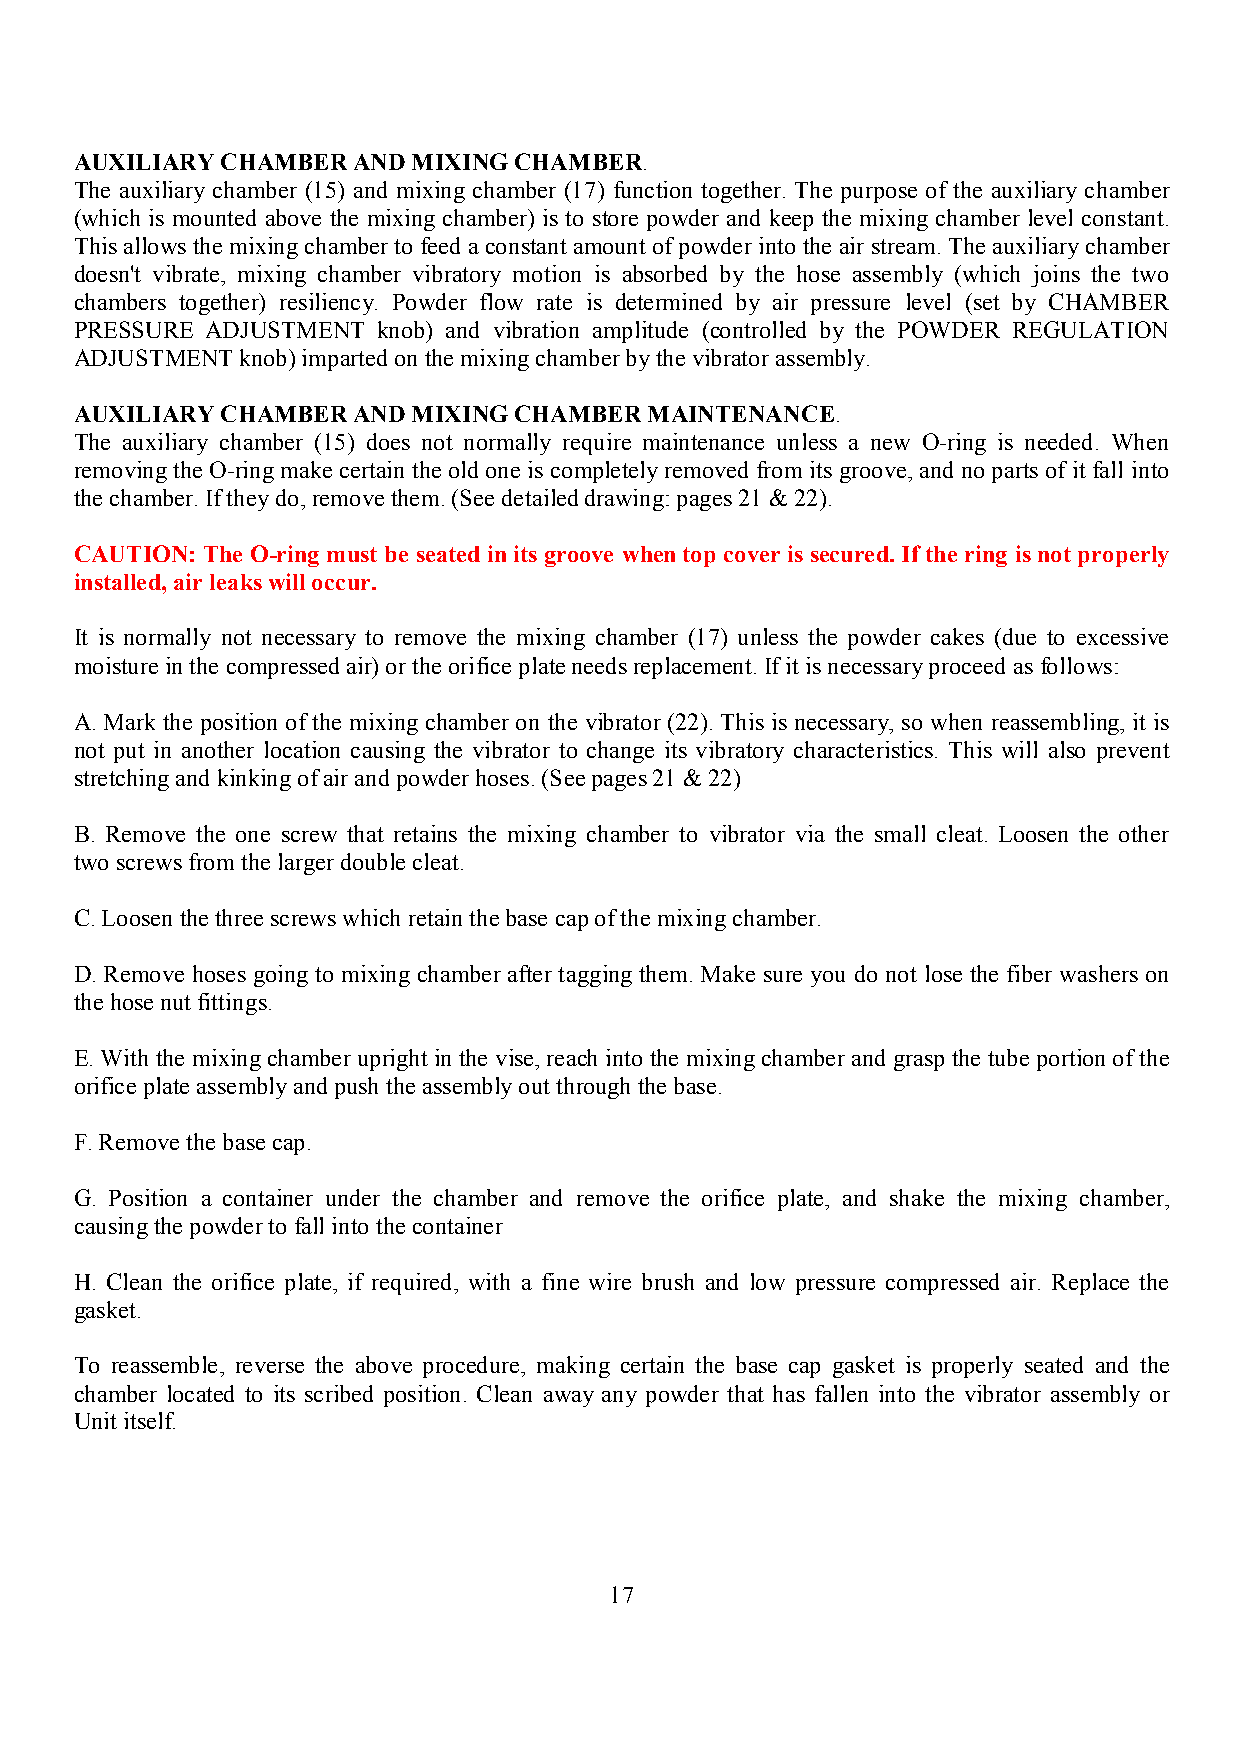
AUXILIARY CHAMBER AND MIXING CHAMBER.
 The auxiliary chamber (15) and mixing chamber (17) function together. The purpose of the auxiliary chamber
 (which is mounted above the mixing chamber) is to store powder and keep the mixing chamber level constant.
 This allows the mixing chamber to feed a constant amount of powder into the air stream. The auxiliary chamber
 doesn't vibrate, mixing chamber vibratory motion is absorbed by the hose assembly (which joins the two
 chambers together) resiliency. Powder flow rate is determined by air pressure level (set by CHAMBER
 PRESSURE ADJUSTMENT knob) and vibration amplitude (controlled by the POWDER REGULATION
 ADJUSTMENT knob) imparted on the mixing chamber by the vibrator assembly.
 AUXILIARY CHAMBER AND MIXING CHAMBER  MAINTENANCE.
 The auxiliary chamber (15) does not normally require maintenance unless a new O-ring is needed. When
 removing the O-ring make certain the old one is completely removed from its groove, and no parts of it fall into
 the chamber. If they do, remove them. (See detailed drawing: pages 21 & 22).
 CAUTION: The O-ring must be seated in its groove when top cover is secured. If the ring is not properly
 installed, air leaks will occur.
 It is normally not necessary to remove the mixing chamber (17) unless the powder cakes (due to excessive
 moisture in the compressed air) or the orifice plate needs replacement. If it is necessary proceed as follows:
 A. Mark the position of the mixing chamber on the vibrator (22). This is necessary, so when reassembling, it is
 not put in another location causing the vibrator to change its vibratory characteristics. This will also prevent
 stretching and kinking of air and powder hoses. (See pages 21 & 22)
 B. Remove the one screw that retains the mixing chamber to vibrator via the small cleat. Loosen the other
 two screws from the larger double cleat.
 C. Loosen the three screws which retain the base cap of the mixing chamber.
 D. Remove hoses going to mixing chamber after tagging them. Make sure you do not lose the fiber washers on
 the hose nut fittings.
 E. With the mixing chamber upright in the vise, reach into the mixing chamber and grasp the tube portion of the
 orifice plate assembly and push the assembly out through the base.
 F. Remove the base cap.
 G. Position a container under the chamber and remove the orifice plate, and shake the mixing chamber,
 causing the powder to fall into the container
 H. Clean the orifice plate, if required, with a fine wire brush and low pressure compressed air. Replace the
 gasket.
 To reassemble, reverse the above procedure, making certain the base cap gasket is properly seated and the
 chamber located to its scribed position. Clean away any powder that has fallen into the vibrator assembly or
 Unit itself.
 17